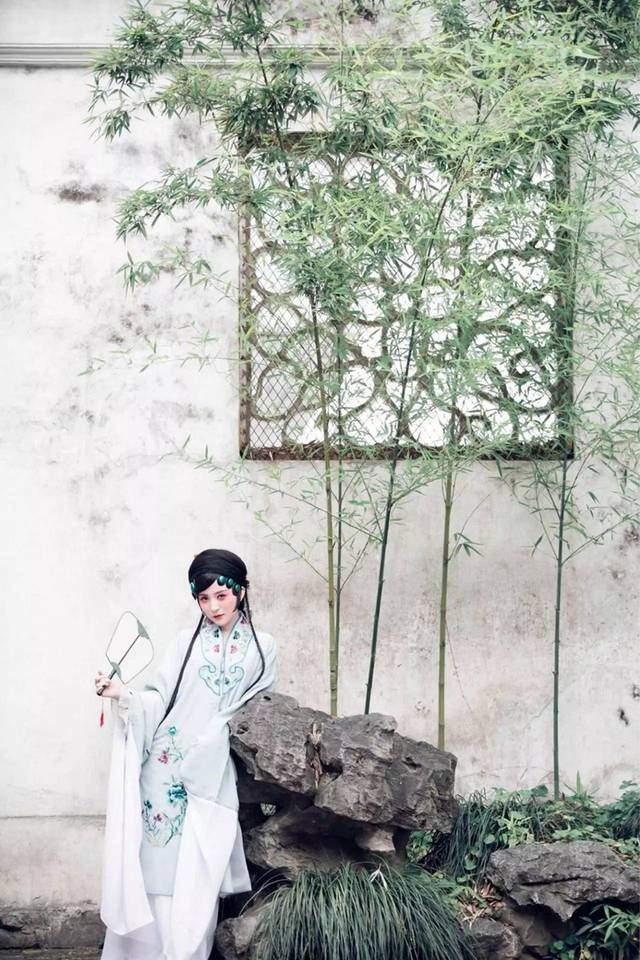
沧浪之水清兮，可以濯我缨